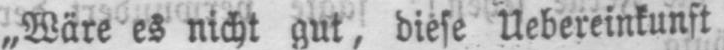
„Wäre es nicht gut, diese Uebereinkunft